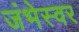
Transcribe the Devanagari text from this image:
जंभेस्वर